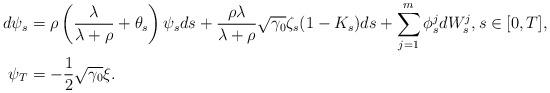
LaTeX: \begin{align*}d\psi_s & = \rho \left( \frac{\lambda}{\lambda+\rho} + \theta_s \right) \psi_s ds + \frac{\rho \lambda}{\lambda + \rho} \sqrt{\gamma_0} \zeta_s (1-K_s) ds + \sum_{j=1}^m \phi_s^j dW_s^j, s\in [0,T], \\\psi_T & = -\frac12\sqrt{\gamma_0} \xi.\end{align*}